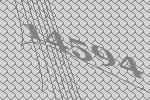
14594